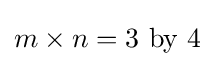
m\times n=3\ {\mbox{by}}\ 4